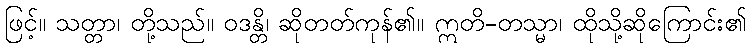
ဖြင့်။ သတ္တာ၊ တို့သည်။ ဝဒန္တိ၊ ဆိုတတ်ကုန်၏။ ဣတိ-တသ္မာ၊ ထိုသို့ဆိုကြောင်း၏